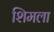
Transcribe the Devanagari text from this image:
शिमला